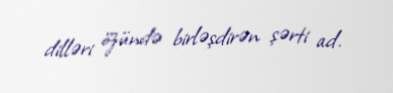
dilləri özündə birləşdirən şərti ad.